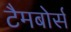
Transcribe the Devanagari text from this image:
टैमबोर्स